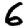
Digit: 6